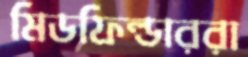
মিডফিল্ডাররা